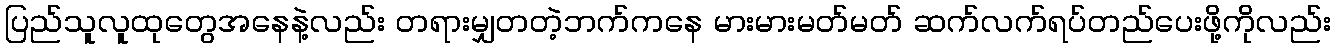
ပြည်သူလူထုတွေအနေနဲ့လည်း တရားမျှတတဲ့ဘက်ကနေ မားမားမတ်မတ် ဆက်လက်ရပ်တည်ပေးဖို့ကိုလည်း